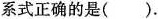
系式正确的是().